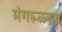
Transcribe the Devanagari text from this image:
मंगरूळनाथ